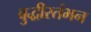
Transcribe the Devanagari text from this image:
बुद्धीस्तंभन